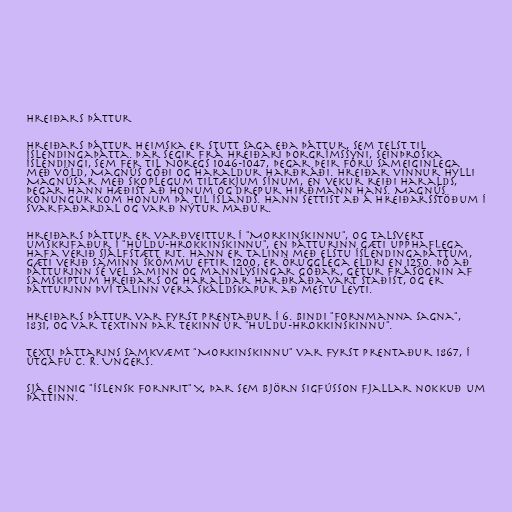
Hreiðars þáttur

Hreiðars þáttur heimska er stutt saga eða þáttur, sem telst til
Íslendingaþátta. Þar segir frá Hreiðari Þorgrímssyni, seinþroska
Íslendingi, sem fer til Noregs 1046-1047, þegar þeir fóru sameiginlega
með völd, Magnús góði og Haraldur harðráði. Hreiðar vinnur hylli
Magnúsar með skoplegum tiltækjum sínum, en vekur reiði Haralds,
þegar hann hæðist að honum og drepur hirðmann hans. Magnús
konungur kom honum þá til Íslands. Hann settist að á Hreiðarsstöðum í
Svarfaðardal og varð nýtur maður.

Hreiðars þáttur er varðveittur í "Morkinskinnu", og talsvert
umskrifaður í "Huldu-Hrokkinskinnu", en þátturinn gæti upphaflega
hafa verið sjálfstætt rit. Hann er talinn með elstu Íslendingaþáttum,
gæti verið saminn skömmu eftir 1200, er örugglega eldri en 1250. Þó að
þátturinn sé vel saminn og mannlýsingar góðar, getur frásögnin af
samskiptum Hreiðars og Haraldar harðráða vart staðist, og er
þátturinn því talinn vera skáldskapur að mestu leyti.

Hreiðars þáttur var fyrst prentaður í 6. bindi "Fornmanna sagna",
1831, og var textinn þar tekinn úr "Huldu-Hrokkinskinnu".

Texti þáttarins samkvæmt "Morkinskinnu" var fyrst prentaður 1867, í
útgáfu C. R. Ungers.

Sjá einnig "Íslensk fornrit" X, þar sem Björn Sigfússon fjallar nokkuð um
þáttinn.